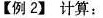
【例2】计算：